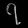
Digit: ၇